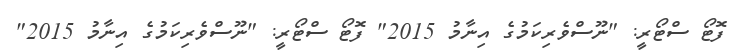
ފޮޓޯ ސްޓޯރީ: "ނޫސްވެރިކަމުގެ އިނާމު 2015" ފޮޓޯ ސްޓޯރީ: "ނޫސްވެރިކަމުގެ އިނާމު 2015"